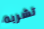
تشربه